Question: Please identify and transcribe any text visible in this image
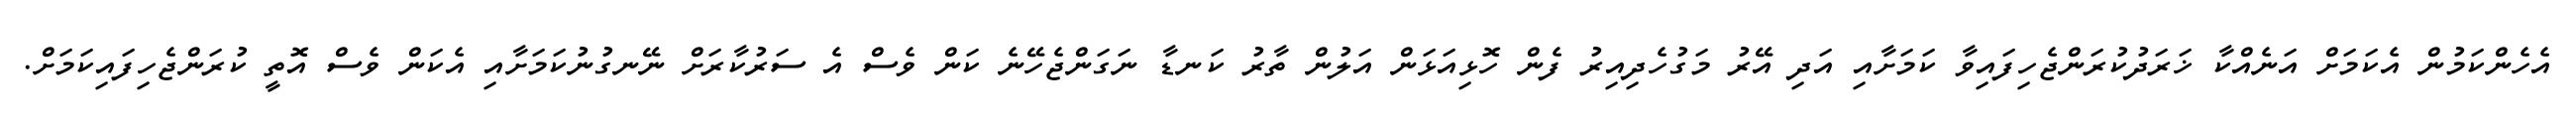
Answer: އެހެންކަމުން އެކަމަށް އަނެއްކާ ޚަރަދުކުރަންޖެހިފައިވާ ކަމަށާއި އަދި އޭރު މަގުހެދިއިރު ފެން ހޮޅިއަޅަން އަލުން ތާރު ކަނޑާ ނަގަންޖެހޭނެ ކަން ވެސް އެ ސަރުކާރަށް ނޭނގުނުކަމަށާއި އެކަން ވެސް އޮތީ ކުރަންޖެހިފައިކަމަށް.